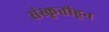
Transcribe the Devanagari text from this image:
संस्कृतीहून